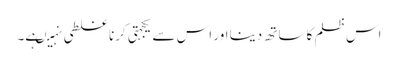
اس ظلم کا ساتھ دینا اور اس سے یکجہتی کرنا غلطی نہیںہے۔